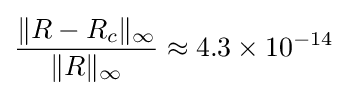
{\frac {\|R-R_{c}\|_{\infty }}{\|R\|_{\infty }}}\approx 4.3\times 10^{-14}